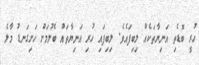
ހުރީ ބޮޑެތި އަނިޔާތަކެއް ލިބިފައެވެ. ލިބިފައި ހުރި އަނިޔާތައް ބެލުމަށް ހަށިގަނޑު މާލެ